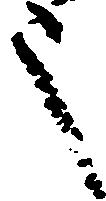
之